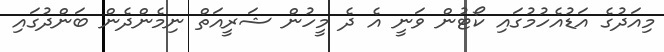
މިއަދުގެ އަޑުއެހުމުގައި ކޯޓުން ވަނީ އެ ދެ މީހުން ޝަރީއަތް ނިމެންދެން ބަންދުގައި